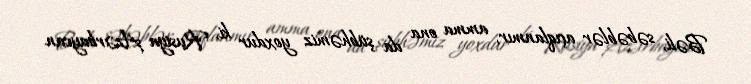
Bəli, səbəblər açıqlanmır, amma ona da şübhəmiz yoxdur ki, Rusiya Azərbaycan